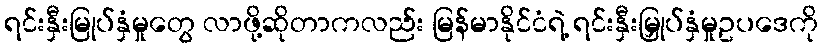
ရင်းနှီးမြုပ်နှံမှုတွေ လာဖို့ဆိုတာကလည်း မြန်မာနိုင်ငံရဲ့ ရင်းနှီးမြှုပ်နှံမှုဥပဒေကို